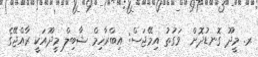
ރ. މީދޫ ގޮނޑުދޮށް  ވަގުތު އިމޭޖަސް: އިބްރާހިމް ޝާބިލް މީދޫއަކީ ރާއްޖޭގެ